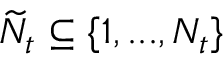
\widetilde { N } _ { t } \subseteq \{ 1 , . . . , N _ { t } \}